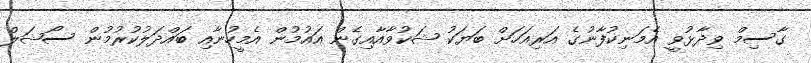
ގާސިމް ވިދާޅުވީ އެމަނިކުފާނުގެ އަރިއަހަށް ބަޔަކު ޝަކުވާއާއިގެން އައުމުން އެމީހުނާއި ބައްދަލުކުރުމުން ސޯޝަލް